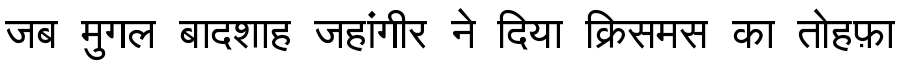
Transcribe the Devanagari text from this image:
जब मुगल बादशाह जहांगीर ने दिया क्रिसमस का तोहफ़ा